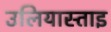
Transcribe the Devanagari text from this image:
उलियास्ताइ